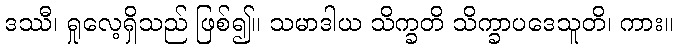
ဒဿီ၊ ရှုလေ့ရှိသည် ဖြစ်၍။ သမာဒါယ သိက္ခတိ သိက္ခာပဒေသူတိ၊ ကား။